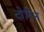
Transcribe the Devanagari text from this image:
दोरिन